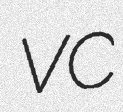
VC